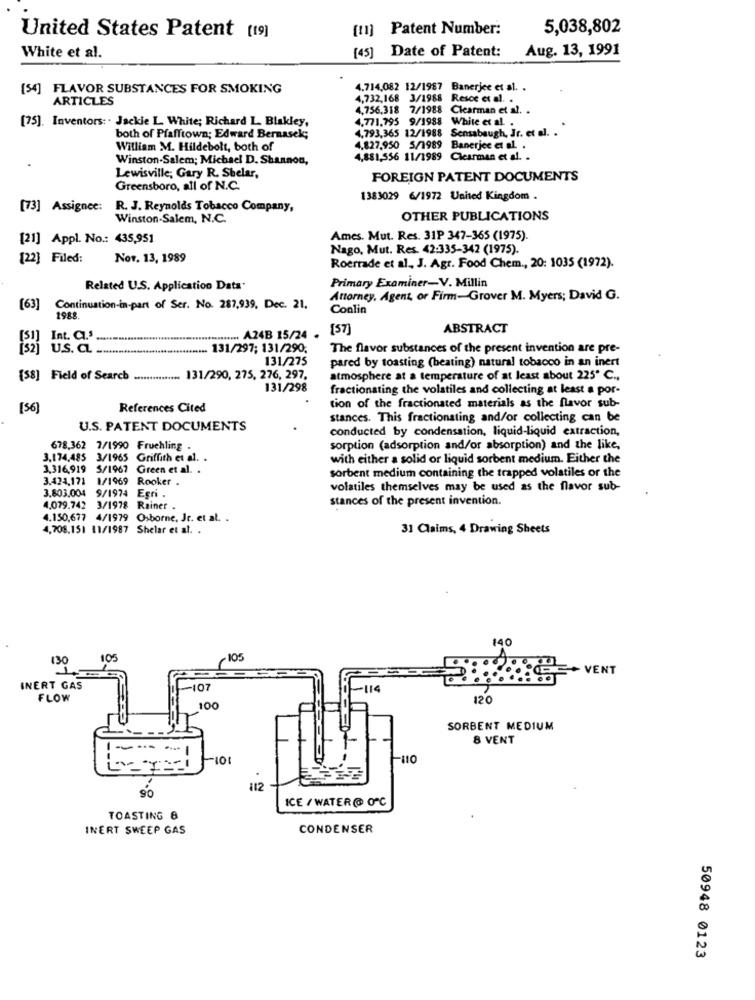
[11] Patent Number:
5,038,802
United States Patent [19]
Date of Patent:
Aug. 13, 1991
White et al.
[45]
(54] FLAVOR SUBSTANCES FOR SMOKING
4.714,082 12/1987 Banerjee et al. .
ARTICLES
4,732,168 3/1988 Resce et al. .
4,756,318 7/1988 Clearman et al. .
[75]. Inventors: . Jackie L. White; Richard L. Blakley,
4.771.795 9/1988 White et al .
4,793,365 12/1988 Sensabaugh, Jr. et al. .
both of Pfafftown; Edward Bernasek;
William M. Hildebolt, both of
4.827,950 5/1989 Banerjee et al. .
Winston-Salem; Michael D. Shannon,
4,881,556 11/1989 Clearman et al. .
Lewisville; Gary R. Shelar,
FOREIGN PATENT DOCUMENTS
Greensboro, all of N.C.
1383029 6/1972 United Kingdom .
[73] Assignee:
R. J. Reynolds Tobacco Company,
Winston-Salem, N.C.
OTHER PUBLICATIONS
[21] Appl. No .: 435,951
Ames. Mut. Res. 31P 347-365 (1975).
Nago, Mut. Res. 42:335-342 (1975).
[22] Filed:
Nor. 13, 1989
Roerrade et al, J. Agr. Food Chem ., 20: 1035 (1972).
Primary Examiner-V. Millin
Related U.S. Application Data*
Attorney, Agent, or Firm-Grover M. Myers; David G.
[63]
Continuation-in-part of Ser. No. 287,939, Dec. 21.
Conlin
1988
[57]
ABSTRACT
Int. C.'
********..... A24B 15/24 .
[32] u.s.a.
.... 131/297; 131/290.
The flavor substances of the present invention are pre-
131/275
pared by toasting (beating) natural tobacco in an inert
(58] Field of Search ............... 131/290, 275, 276, 297.
atmosphere at a temperature of at least about 225º C .,
131/298
fractionating the volatiles and collecting at least a por-
[56]
References Cited
tion of the fractionated materials as the flavor sub-
stances. This fractionating and/or collecting can be
U.S. PATENT DOCUMENTS
conducted by condensation, liquid-liquid extraction,
678.362 7/1990 Fruehling .
sorption (adsorption and/or absorption) and the like,
3.174,485 3/1965 Griffith et al. .
with either a solid or liquid sorbent medium. Either the
3,316,919 5/1967 Green et al. .
3.424,171 1/1969 Rooker
sorbent medium containing the trapped volatiles or the
3.803.004 9/1974
Egri
volatiles themselves may be used as the flavor sub-
stances of the present invention.
4.079.742 3/1978 Rainer .
4.150,677 4/1979 Osborne, Jr. et al. .
4.708,151 11/1987 Shelar et al. .
31 Claims, 4 Drawing Sheets
140
130
105
105
VENT
INERT GAS
107
-114
FLOW
120
100
SORBENT MEDIUM
8 VENT
-101
90
112
ICE / WATER@ OF℃
TOASTING 8
INERT SWEEP GAS
CONDENSER
50948 0123